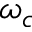
\omega _ { c }